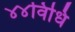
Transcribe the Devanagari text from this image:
४४विधि